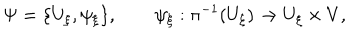
\Psi = \{ U _ { \xi } , \psi _ { \xi } \} , \qquad \psi _ { \xi } : \pi ^ { - 1 } ( U _ { \xi } ) \to U _ { \xi } \times V ,